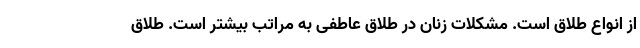
از انواع طلاق است. مشکلات زنان در طلاق عاطفی به مراتب بیشتر است. طلاق